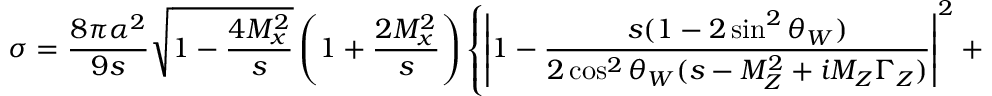
\sigma = { \frac { 8 \pi \alpha ^ { 2 } } { 9 s } } \sqrt { 1 - { \frac { 4 M _ { x } ^ { 2 } } { s } } } \left( 1 + { \frac { 2 M _ { x } ^ { 2 } } { s } } \right) \left\{ \left| 1 - { \frac { s ( 1 - 2 \sin ^ { 2 } \theta _ { W } ) } { 2 \cos ^ { 2 } \theta _ { W } ( s - M _ { Z } ^ { 2 } + i M _ { Z } \Gamma _ { Z } ) } } \right| ^ { 2 } + \left| 1 + { \frac { s \tan ^ { 2 } \theta _ { W } } { s - M _ { Z } ^ { 2 } + i M _ { Z } \Gamma _ { Z } } } \right| ^ { 2 } \right\} ,